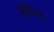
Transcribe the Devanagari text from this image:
लेगियन